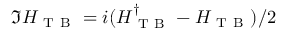
\Im H _ { \mathrm { ~ T ~ B ~ } } = i ( H _ { \mathrm { ~ T ~ B ~ } } ^ { \dag } - H _ { \mathrm { ~ T ~ B ~ } } ) / 2